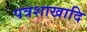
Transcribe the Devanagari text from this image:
पत्रशाखादि